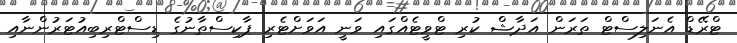
ޓްރޭޑް އެނަލިސްޓް ތަރަން އަދާޝް ކުރި ޓްވީޓެއްގައި ވަނީ އަވަށްޓެރި ޕާކިސްތާނުގެ ޑިސްޓްރިބިއުޓަރުންނާއި